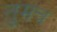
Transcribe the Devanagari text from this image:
तुमच